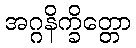
အဂ္ဂနိက္ခိတ္တော